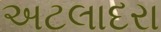
અટલાદરા